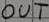
Text: OUT